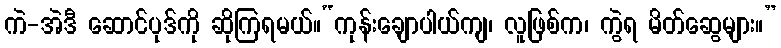
ကဲ-အဲဒီ ဆောင်ပုဒ်ကို ဆိုကြရမယ်။“ကုန်းချောပါယ်ကျ၊ လူဖြစ်က၊ ကွဲရ မိတ်ဆွေများ။”